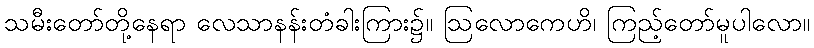
သမီးတော်တို့နေရာ လေသာနန်းတံခါးကြား၌။ ဩလောကေဟိ၊ ကြည့်တော်မူပါလော။